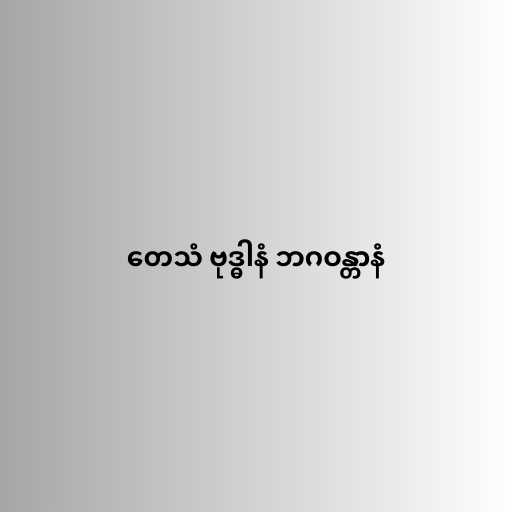
တေသံ ဗုဒ္ဓါနံ ဘဂဝန္တာနံ